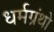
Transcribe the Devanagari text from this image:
धर्मग्रंथो